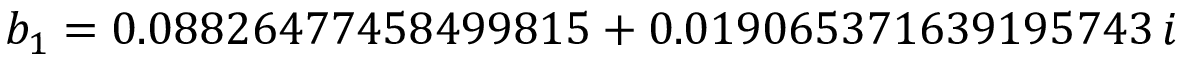
b _ { 1 } = 0 . 0 8 8 2 6 4 7 7 4 5 8 4 9 9 8 1 5 + 0 . 0 1 9 0 6 5 3 7 1 6 3 9 1 9 5 7 4 3 \, i